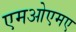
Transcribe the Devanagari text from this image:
एमओएमए